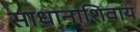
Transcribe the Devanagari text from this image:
साधानाशिवाय